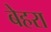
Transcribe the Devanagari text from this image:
बेहरा